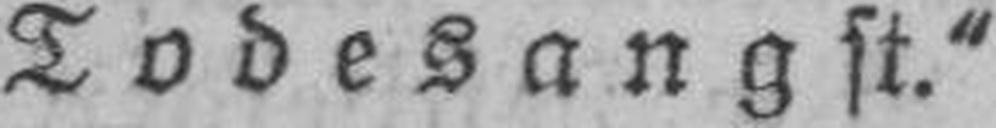
Todesangst.“